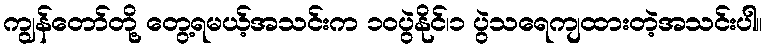
ကျွန်တော်တို့ တွေ့ရမယ့်အသင်းက ၁၀ပွဲနိုင်၊၁ ပွဲသရေကျထားတဲ့အသင်းပါ။